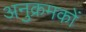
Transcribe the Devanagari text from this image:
अनुक्रमकों